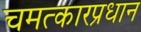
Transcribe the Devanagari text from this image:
चमत्कारप्रधान